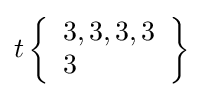
t\left\{{\begin{array}{l}3,3,3,3\\3\end{array}}\right\}